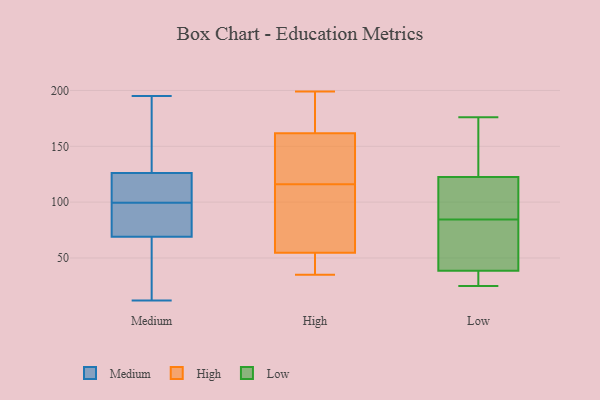
{"axis": {"x": "Bounce Rate (%)", "y": "Value"}, "legend": ["High", "Low", "Medium"], "data": [{"x": "", "y": 64, "type": "Medium"}, {"x": "", "y": 111, "type": "Medium"}, {"x": "", "y": 88, "type": "Medium"}, {"x": "", "y": 122, "type": "Medium"}, {"x": "", "y": 60, "type": "Medium"}, {"x": "", "y": 74, "type": "Medium"}, {"x": "", "y": 72, "type": "Medium"}, {"x": "", "y": 117, "type": "Medium"}, {"x": "", "y": 195, "type": "Medium"}, {"x": "", "y": 161, "type": "Medium"}, {"x": "", "y": 144, "type": "Medium"}, {"x": "", "y": 12, "type": "Medium"}, {"x": "", "y": 126, "type": "Medium"}, {"x": "", "y": 69, "type": "Medium"}, {"x": "", "y": 161, "type": "High"}, {"x": "", "y": 35, "type": "High"}, {"x": "", "y": 194, "type": "High"}, {"x": "", "y": 74, "type": "High"}, {"x": "", "y": 54, "type": "High"}, {"x": "", "y": 183, "type": "High"}, {"x": "", "y": 199, "type": "High"}, {"x": "", "y": 39, "type": "High"}, {"x": "", "y": 106, "type": "High"}, {"x": "", "y": 116, "type": "High"}, {"x": "", "y": 41, "type": "High"}, {"x": "", "y": 164, "type": "High"}, {"x": "", "y": 55, "type": "High"}, {"x": "", "y": 155, "type": "High"}, {"x": "", "y": 82, "type": "High"}, {"x": "", "y": 134, "type": "High"}, {"x": "", "y": 138, "type": "High"}, {"x": "", "y": 161, "type": "Low"}, {"x": "", "y": 163, "type": "Low"}, {"x": "", "y": 90, "type": "Low"}, {"x": "", "y": 107, "type": "Low"}, {"x": "", "y": 90, "type": "Low"}, {"x": "", "y": 86, "type": "Low"}, {"x": "", "y": 46, "type": "Low"}, {"x": "", "y": 25, "type": "Low"}, {"x": "", "y": 70, "type": "Low"}, {"x": "", "y": 138, "type": "Low"}, {"x": "", "y": 34, "type": "Low"}, {"x": "", "y": 36, "type": "Low"}, {"x": "", "y": 41, "type": "Low"}, {"x": "", "y": 83, "type": "Low"}, {"x": "", "y": 176, "type": "Low"}, {"x": "", "y": 25, "type": "Low"}]}